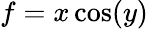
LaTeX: f=x\cos(y)